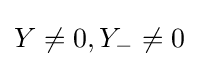
Y\neq 0,Y_{-}\neq 0